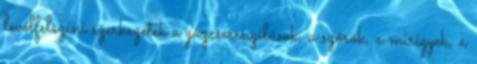
levélfelszíni szerkezetek a gázcserenyílások, a szőrök, a mirigyek, a